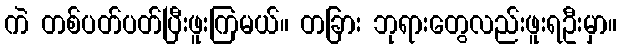
ကဲ တစ်ပတ်ပတ်ပြီးဖူးကြမယ်။ တခြား ဘုရားတွေလည်းဖူးရဦးမှာ။